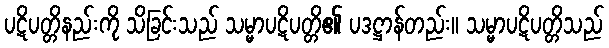
ပဋိပတ္တိနည်းကို သိခြင်းသည် သမ္မာပဋိပတ္တိ၏ ပဒဋ္ဌာန်တည်း။ သမ္မာပဋိပတ္တိသည်